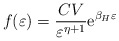
\begin{align*}f(\varepsilon)={CV\over\varepsilon^{\eta+1} } \hbox{e}^{{\beta_H \varepsilon}}\end{align*}